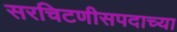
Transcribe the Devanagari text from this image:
सरचिटणीसपदाच्या